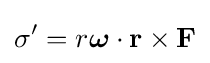
\sigma '=r{\boldsymbol {\omega }}\cdot \mathbf {r} \times \mathbf {F}